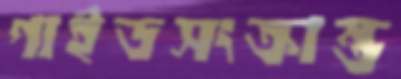
গাইডসংক্রান্ত